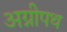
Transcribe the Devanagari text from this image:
अग्नीपथ